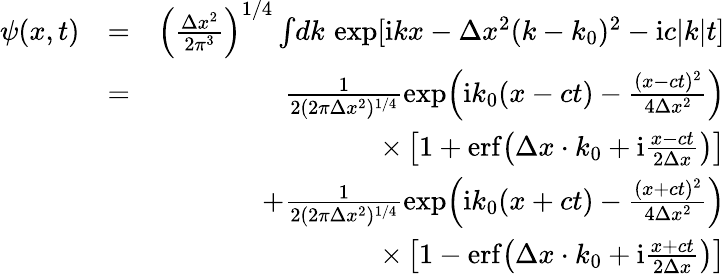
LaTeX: \begin{array}{rlr}{\psi(x,t)}&{=}&{\left(\frac{\Delta x^{2}}{2\pi^{3}}\right)^{1/4}\int\! dk\, \exp[\mathrm{i}kx-\Delta x^{2}(k-k_{0})^{2}-\mathrm{i}c|k|t]}\\ &{=}&{\frac{1}{2(2\pi\Delta x^{2})^{1/4}}\exp\! \left(\mathrm{i}k_{0}(x-ct)-\frac{(x-ct)^{2}}{4\Delta x^{2}}\right)}\\ &{}&{\times\left[1+\mathrm{erf}\! \left(\Delta x\cdot k_{0}+\mathrm{i}\frac{x-ct}{2\Delta x}\right)\right]}\\ &{}&{+\frac{1}{2(2\pi\Delta x^{2})^{1/4}}\exp\! \left(\mathrm{i}k_{0}(x+ct)-\frac{(x+ct)^{2}}{4\Delta x^{2}}\right)}\\ &{}&{\times\left[1-\mathrm{erf}\! \left(\Delta x\cdot k_{0}+\mathrm{i}\frac{x+ct}{2\Delta x}\right)\right]}\end{array}